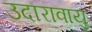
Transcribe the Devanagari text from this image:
उदारावायु